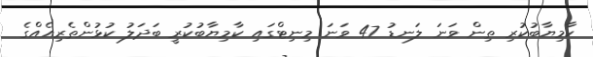
ކާމިޔާބުކުރި ތިން ވަނަ ލަނޑު 47 ވަނަ މިނިޓްގައި ކާމިޔާބުކުރީ ބަދަލު ކުޅުންތެރިއެއްގެ